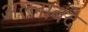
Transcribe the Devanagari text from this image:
अल्लाबंदे